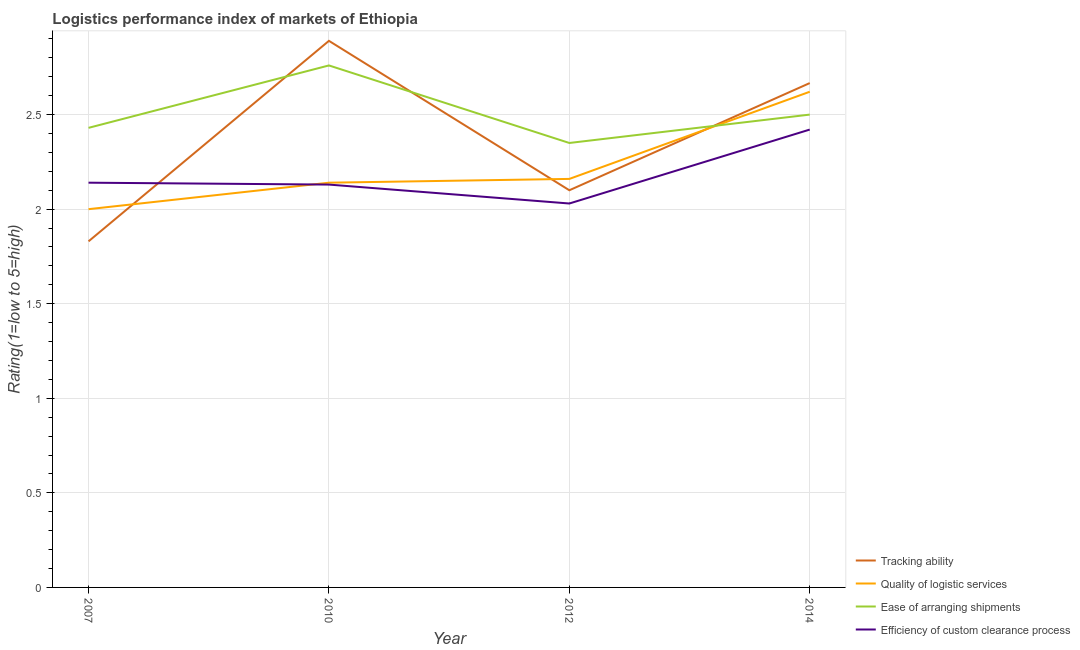
| Year | Tracking ability | Quality of logistic services | Ease of arranging shipments | Efficiency of custom clearance process |
 | --- | --- | --- | --- | --- |
 | 2007 | 1.83 | 2 | 2.43 | 2.14 |
 | 2010 | 2.89 | 2.14 | 2.76 | 2.13 |
 | 2012 | 2.1 | 2.16 | 2.35 | 2.03 |
 | 2014 | 2.67 | 2.62 | 2.5 | 2.42 |